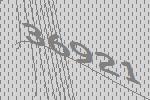
36921